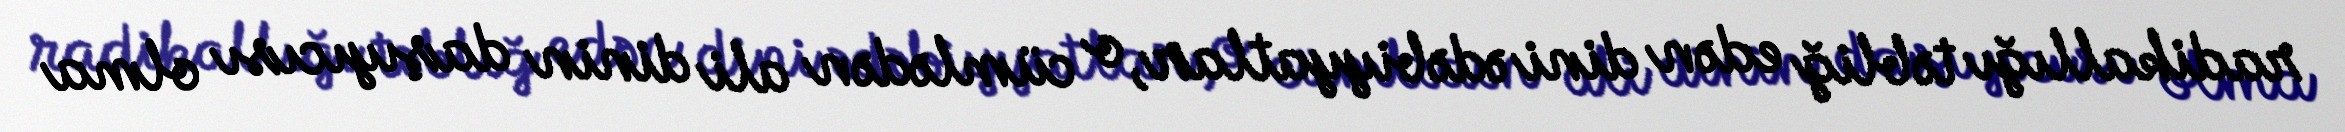
radikallığı təbliğ edən dini ədəbiyyatlar, o cümlədən ali dinin daşıyıcısı olma